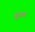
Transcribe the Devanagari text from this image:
मुगम